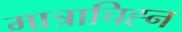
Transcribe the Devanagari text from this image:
मात्राचिह्न